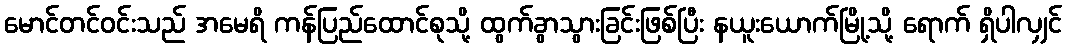
မောင်တင်ဝင်းသည် အမေရိ ကန်ပြည်ထောင်စုသို့ ထွက်ခွာသွားခြင်းဖြစ်ပြီး နယူးယောက်မြို့သို့ ရောက် ရှိပါလျှင်